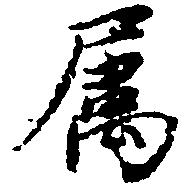
属